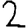
Digit: 2